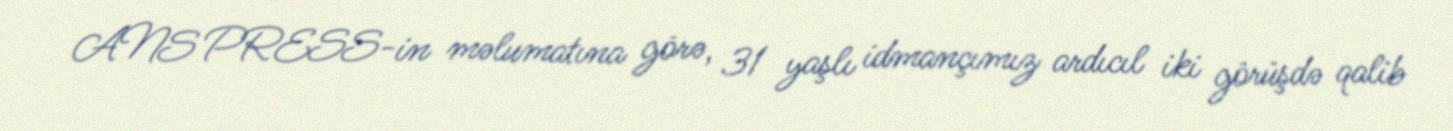
ANS PRESS-in məlumatına görə, 31 yaşlı idmançımız ardıcıl iki görüşdə qalib